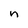
Character: n